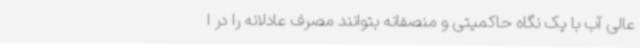
عالی آب با یک نگاه حاکمیتی و منصفانه بتوانند مصرف عادلانه را در ا